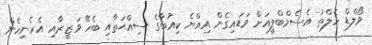
ވޯލްޑް ހެލްތު އެސެމްބްލީއަށް ވަޑައިގެން އިއްޔެ ކިއުބާގެ ސިއްޙަތާއި ބެހޭ ވަޒީރާއި އެހެނިހެން